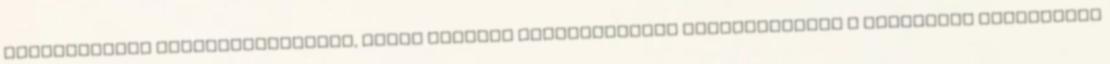
Minisztérium közreműködésével, talán további információkat szolgáltatott a jelenlegi járványért